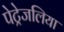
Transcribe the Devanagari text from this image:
पेट्रेजलिया